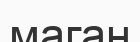
маган